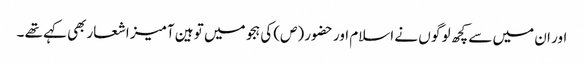
اور ان میں سے کچھ لو گو ں نے اسلام اور حضور (ص) کی ہجو میں تو ہین آمیز اشعاربھی کہے تھے ۔